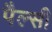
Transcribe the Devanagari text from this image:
पैल्सी